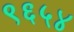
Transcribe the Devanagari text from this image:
९६५४